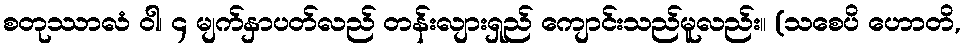
စတုဿာလံ ဝါ၊ ၄ မျက်နှာပတ်လည် တန်းလျားရှည် ကျောင်းသည်မူလည်း။ (သစေပိ ဟောတိ,